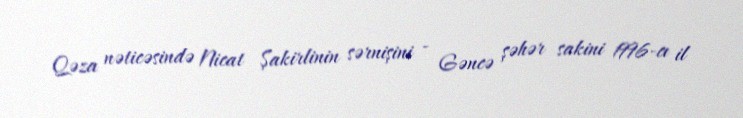
Qəza nəticəsində Nicat Şakirlinin sərnişini - Gəncə şəhər sakini 1996-cı il